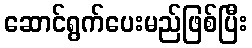
ဆောင်ရွက်ပေးမည်ဖြစ်ပြီး